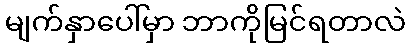
မျက်နှာပေါ်မှာ ဘာကိုမြင်ရတာလဲ